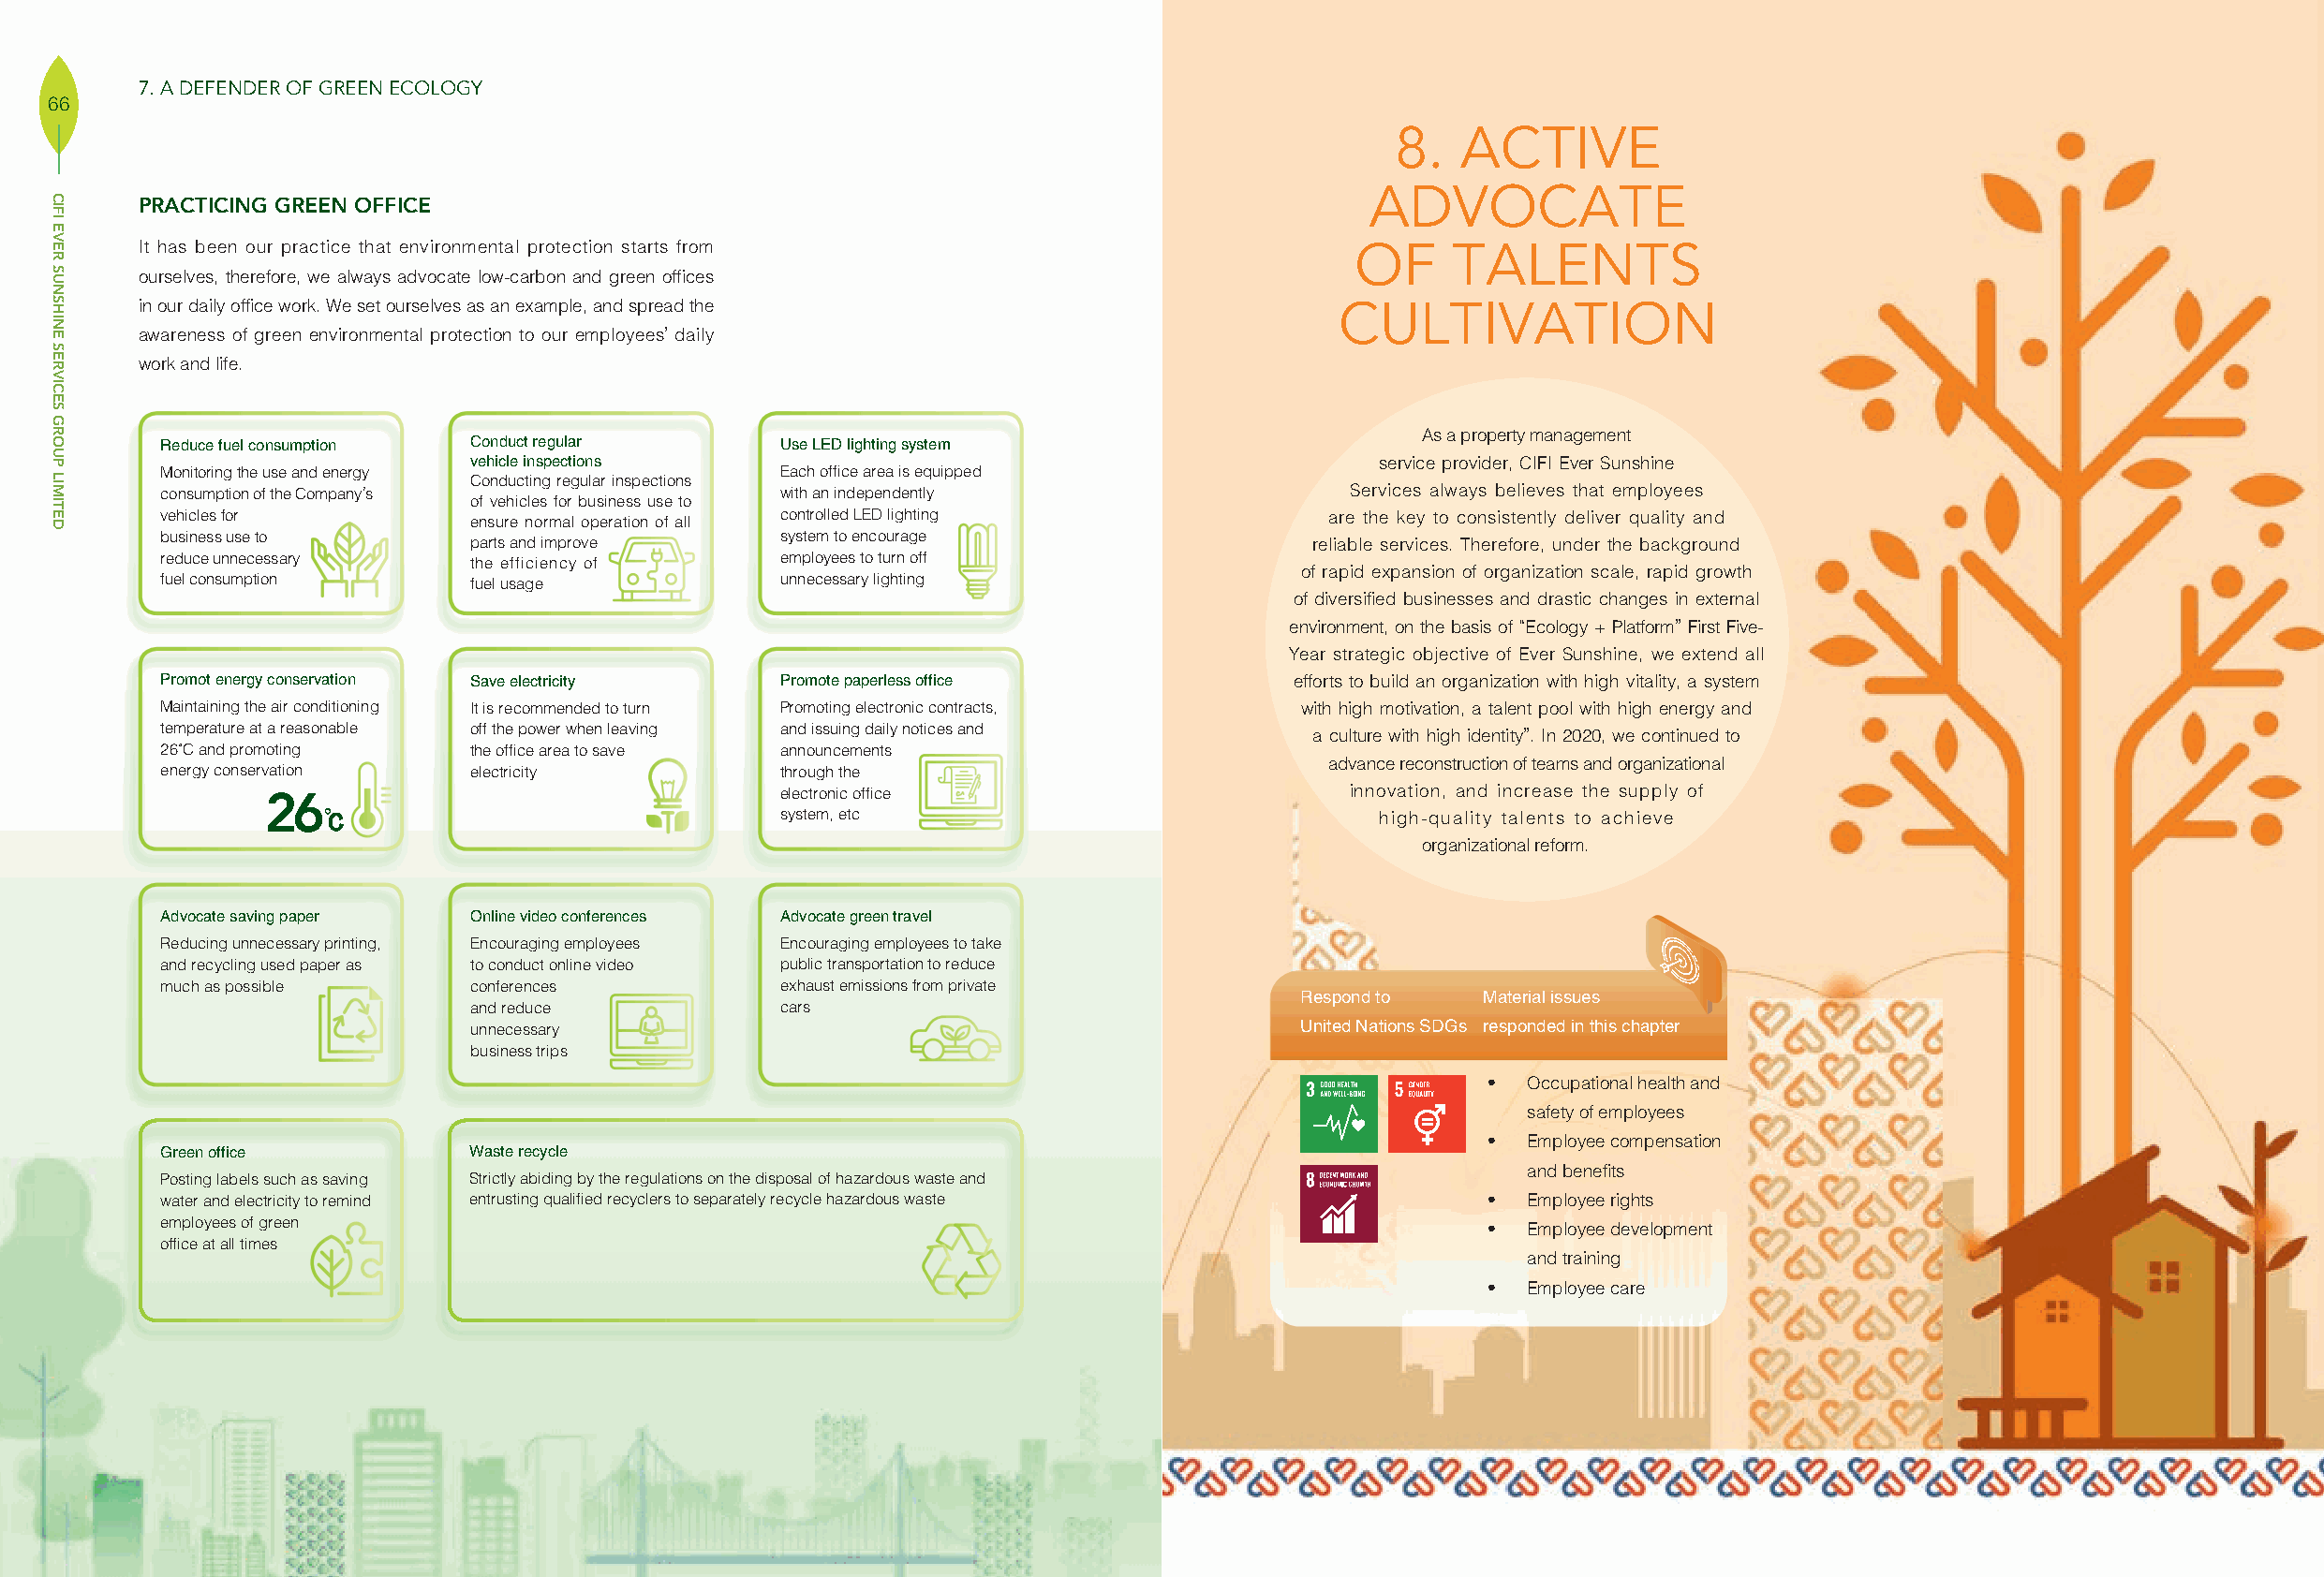
7. A DEFENDER OF GREEN ECOLOGY
 66
 8.  ACTIVE
 ADVOCATE
 PRACTICING GREEN OFFICE
 It has been our practice that environmental protection starts from                    OF     TALENTS
 ourselves, therefore, we always advocate low-carbon and green offices
 in our daily office work. We set ourselves as an example, and spread the             CULTIVATION
 awareness of green environmental protection to our employees’ daily
 work and life.
 As a property management
 Reduce fuel consumption Conduct regular     Use LED lighting system
 vehicle inspections                                             service provider, CIFI Ever Sunshine
 Monitoring the use and energy               Each office area is equipped
 Conducting regular inspections
 consumption of the Company’s                with an independently                   Services always believes that employees
 of vehicles for business use to
 vehicles for          ensure normal operation of all controlled LED lighting       are the key to consistently deliver quality and
 business use to                             system to encourage
 parts and improve                                           reliable services. Therefore, under the background
 reduce unnecessary    the efficiency of     employees to turn off
 of rapid expansion of organization scale, rapid growth
 fuel consumption      fuel usage            unnecessary lighting
 of diversified businesses and drastic changes in external
 environment, on the basis of “Ecology + Platform” First Five-
 Year strategic objective of Ever Sunshine, we extend all
 Promot energy conservation Save electricity Promote paperless office            efforts to build an organization with high vitality, a system
 Maintaining the air conditioning It is recommended to turn Promoting electronic contracts, with high motivation, a talent pool with high energy and
 temperature at a reasonable off the power when leaving and issuing daily notices and a culture with high identity”. In 2020, we continued to
 26˚C and promoting    the office area to save announcements
 advance reconstruction of teams and organizational
 energy conservation   electricity           through the
 26                                  electronic office                       innovation, and increase the supply of
 ℃                                system, etc                               high-quality talents to achieve
 organizational reform.
 Advocate saving paper Online video conferences Advocate green travel
 Reducing unnecessary printing, Encouraging employees Encouraging employees to take
 and recycling used paper as to conduct online video public transportation to reduce
 much as possible      conferences           exhaust emissions from private
 Respond to   Material issues
 and reduce            cars
 unnecessary                                                United Nations SDGs responded in this chapter
 business trips
 ‧  Occupational health and
 safety of employees
 ‧  Employee compensation
 Green office          Waste recycle
 and benefits
 Posting labels such as saving Strictly abiding by the regulations on the disposal of hazardous waste and
 water and electricity to remind entrusting qualified recyclers to separately recycle hazardous waste ‧ Employee rights
 employees of green                                                                            ‧  Employee development
 office at all times
 and training
 ‧  Employee care
 CIFI
 EVER
 SUNSHINE
 SERVICES
 GROUP
 LIMITED